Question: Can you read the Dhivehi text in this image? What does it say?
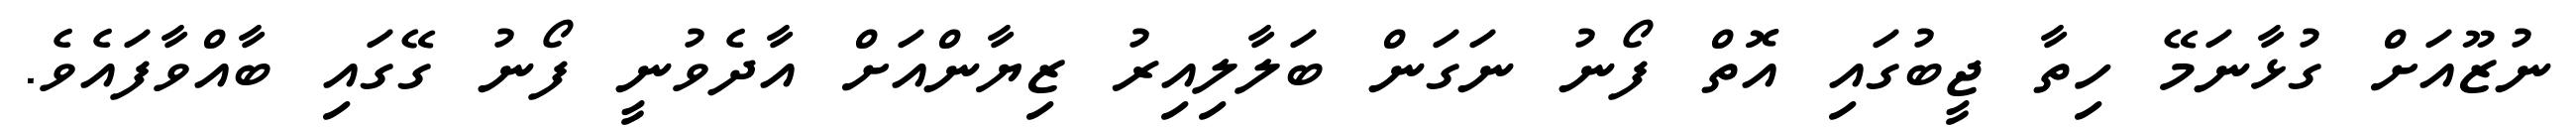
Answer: ނުޒޫއަށް ގުޅާނަމޭ ހިތާ ޖީބުގައި އޮތް ފޯނު ނަގަން ބަލާލިއިރު ޒިޔާންއަށް އާދެވުނީ ފޯނު ގޭގައި ބާއްވާފައެވެ.